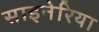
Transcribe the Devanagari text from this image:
साइनेरिया